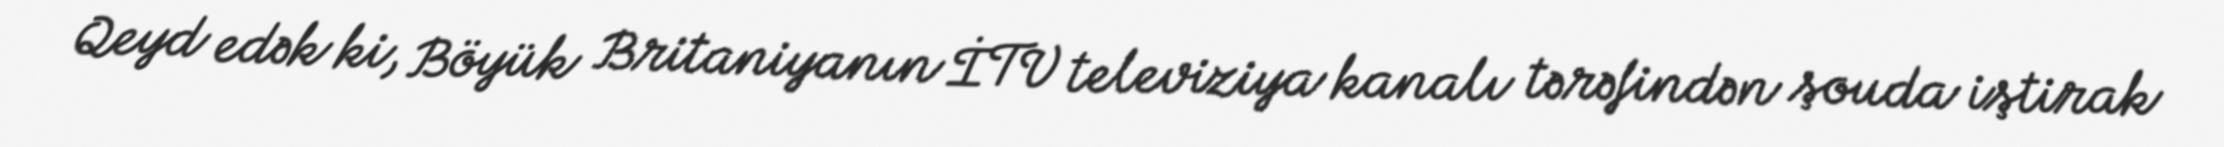
Qeyd edək ki, Böyük Britaniyanın İTV televiziya kanalı tərəfindən şouda iştirak